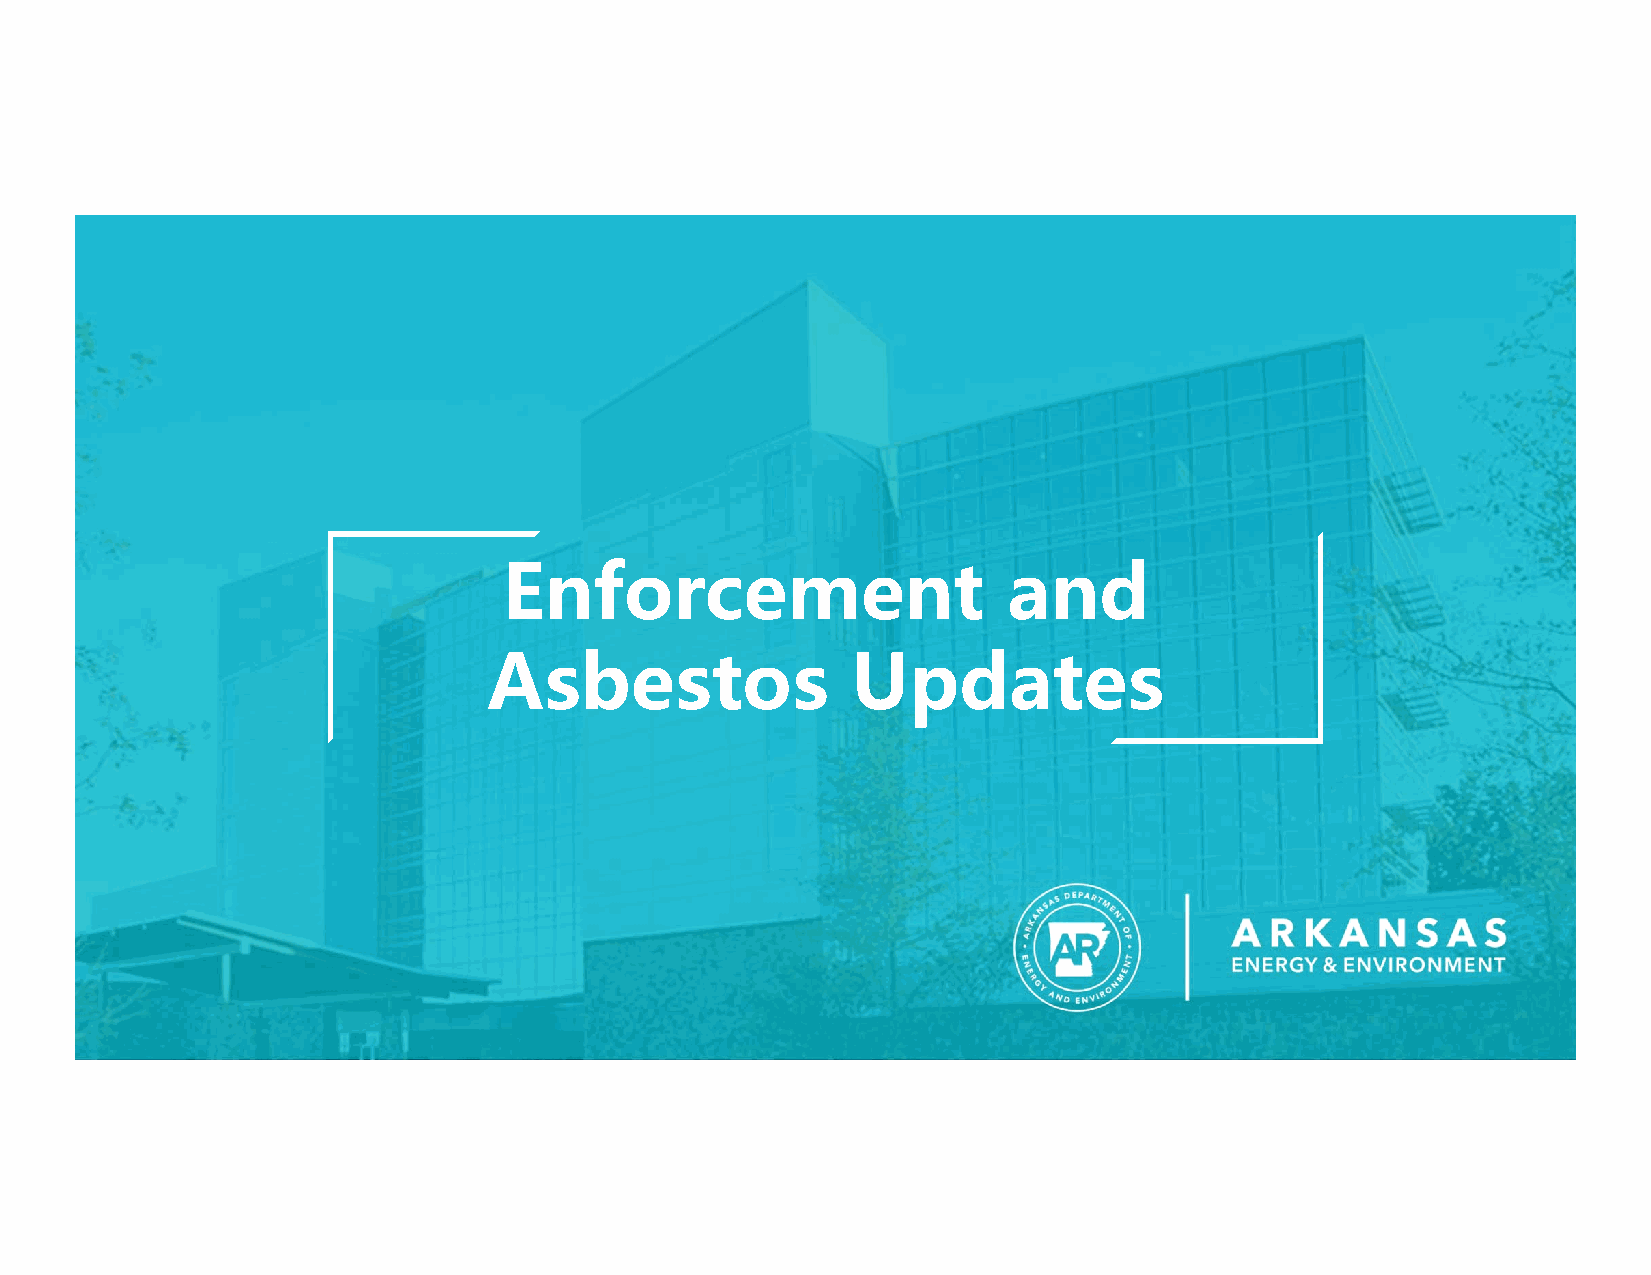
Enforcement                       and
 Asbestos                Updates